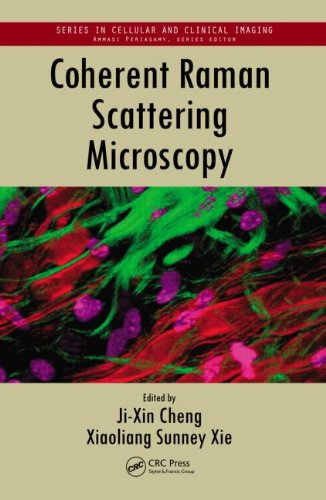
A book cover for Coherent Raman Scattering Microscopy (Series in Cellular and Clinical Imaging); Science & Math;